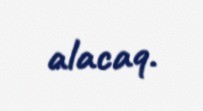
alacaq.